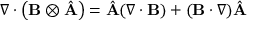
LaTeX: \nabla \cdot \left( \mathbf { B } \otimes { \hat { \mathbf { A } } } \right) = { \hat { \mathbf { A } } } ( \nabla \cdot \mathbf { B } ) + ( \mathbf { B } \cdot \nabla ) { \hat { \mathbf { A } } }